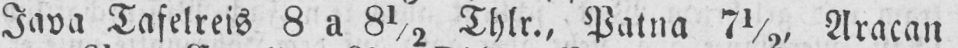
Java Tafelreis 8 a 8½ Thlr., Patna 7½, Aracan